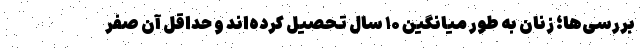
بررسی‌ها؛ زنان به طور میانگین ۱۰ سال تحصیل کرده‌اند و حداقل آن صفر